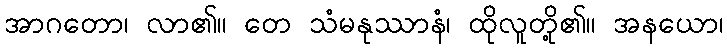
အာဂတော၊ လာ၏။ တေ သံမနုဿာနံ၊ ထိုလူတို့၏။ အနယော၊